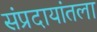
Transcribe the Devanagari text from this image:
संप्रदायांतला